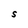
Character: S